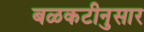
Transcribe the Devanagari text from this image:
बळकटीनुसार